Report on the working of the Ranchi Indian Mental Hospital, Kanke, in Bihar and Orissa - 1930-1940
Year: 1930
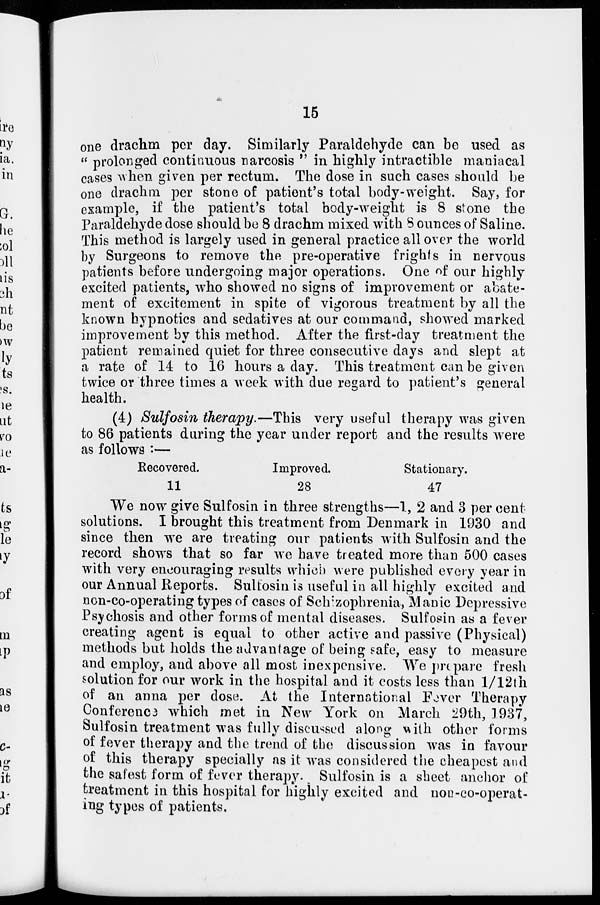
15
one drachm per day. Similarly Paraldehyde can be used as
" prolonged continuous narcosis " in highly intractible maniacal
cases when given per rectum. The dose in such cases should be
one drachm per stone of patient's total body-weight. Say, for
example, if the patient's total body-weight is 8 stone the
Paraldehyde dose should be 8 drachm mixed with 8 ounces of Saline.
This method is largely used in general practice all over the world
by Surgeons to remove the pre-operative frights in nervous
patients before undergoing major operations. One of our highly
excited patients, who showed no signs of improvement or abate-
ment of excitement in spite of vigorous treatment by all the
known hypnotics and sedatives at our command, showed marked
improvement by this method. After the first-day treatment the
patient remained quiet for three consecutive days and slept at
a rate of 14 to 16 hours a day. This treatment can be given
twice or three times a week with due regard to patient's general
health.
(4) Sulfosin therapy.—This very useful therapy was given
to 86 patients during the year under report and the results were
as follows :—
Recovered.
11
Improved.
28
Stationary.
47
We now give Sulfosin in three strengths—1, 2 and 3 per cent
solutions. I brought this treatment from Denmark in 1930 and
since then we are treating our patients with Sulfosin and the
record shows that so far we have treated more than 500 cases
with very encouraging results which were published every year in
our Annual Reports. Sulfosin is useful in all highly excited and
non-co-operating types of cases of Schizophrenia, Manic Depressive
Psychosis and other forms of mental diseases. Sulfosin as a fever
creating agent is equal to other active and passive (Physical)
methods but holds the advantage of being safe, easy to measure
and employ, and above all most inexpensive. We prepare fresh
solution for our work in the hospital and it costs less than 1/12th
of an anna per dose. At the International Fever Therapy
Conference which met in New York on March 29th, 1937,
Sulfosin treatment was fully discussed along with other forms
of fever therapy and the trend of the discussion was in favour
of this therapy specially as it was considered the cheapest and
the safest form of fever therapy. Sulfosin is a sheet anchor of
treatment in this hospital for highly excited and non-co-operat-
ing types of patients.